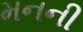
મનની